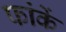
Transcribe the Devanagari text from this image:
फांकें